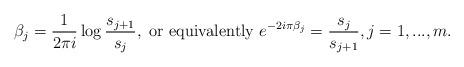
LaTeX: \begin{align*}\beta_{j} = \frac{1}{2\pi i}\log \frac{s_{j+1}}{s_{j}}, \mbox{ or equivalently } e^{-2i\pi \beta_{j}} = \frac{s_{j}}{s_{j+1}}, j = 1,...,m.\end{align*}